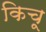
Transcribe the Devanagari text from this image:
किचू